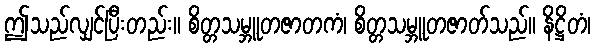
ဤသည်လျှင်ပြီးတည်း။ စိတ္တသမ္ဘူတဇာတကံ၊ စိတ္တသမ္ဘူတဇာတ်သည်။ နိဋ္ဌိတံ၊